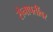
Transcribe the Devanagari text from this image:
सेनापतींवर